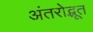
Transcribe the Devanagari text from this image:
अंतरोद्भूत